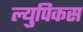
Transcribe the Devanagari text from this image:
ल्युपिकस